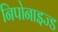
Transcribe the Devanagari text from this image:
निपोनाइज्ड